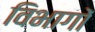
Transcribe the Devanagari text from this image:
विभागों